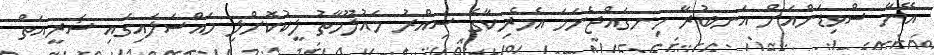
އޭނާ ސްވިޑަންއަށް އަނބުރާ ހިނގައްޖެނަމަ އެމެރިކާގެ ސިއްރު މައުލޫމާތު ލީކުކޮށްލި މައްސަލައިގައި ޝަރީއަތް